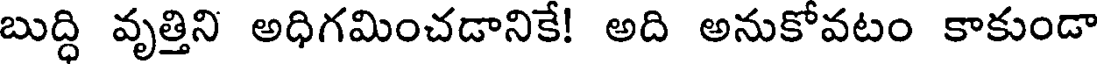
బుద్ధి వృత్తిని అధిగమించడానికే! అది అనుకోవటం కాకుండా